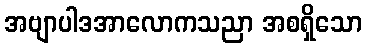
အဗျာပါဒအာလောကသညာ အစရှိသော